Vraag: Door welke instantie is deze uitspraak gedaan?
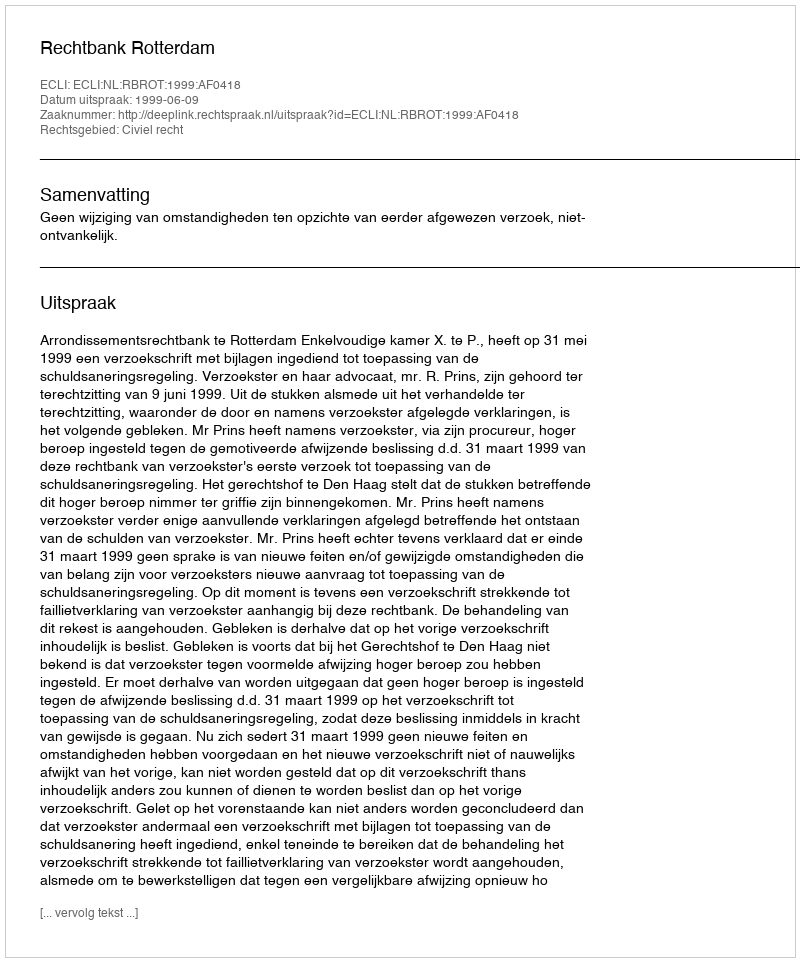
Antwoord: Rechtbank Rotterdam